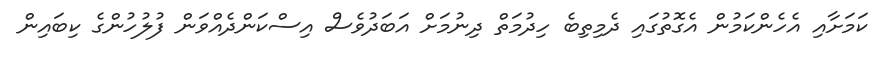
ކަމަށާއި އެހެންކަމުން އެގޮތުގައި ދެމިތިބެ ހިދުމަތް ދިނުމަށް އަބަދުވެސް އިސްކަންދެއްވަން ފުލުހުންގެ ކިބައިން